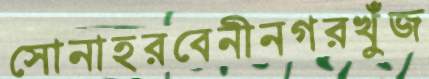
সোনাহরবেনীনগরখুঁজ